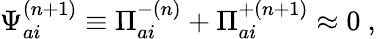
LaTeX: {\Psi}_{ai}^{(n+1)}\equiv{\Pi}_{ai}^{-(n)}+{\Pi}_{ai}^{+(n+1)}\approx 0\ ,